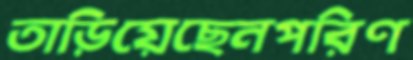
তাড়িয়েছেনপরিণ